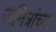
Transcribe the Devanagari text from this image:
जनित्रांच्या